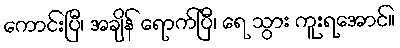
ကောင်းပြီ၊ အချိန် ရောက်ပြီ၊ ရေ သွား ကူးရအောင်။